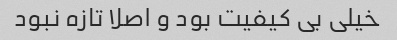
خیلی بی کیفیت بود و اصلا تازه نبود